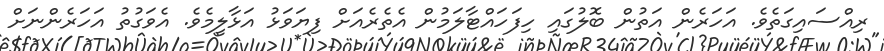
ރިއްސައިގަތެވެ. އަހަރެން އަތުން ބޮލުގައި ހިފަހައްޓާލަމުން އެތެރެއަށް ފިޔަވަޅު އަޅާލީމެވެ. އެވަގުތު އަހަރެންނަށް